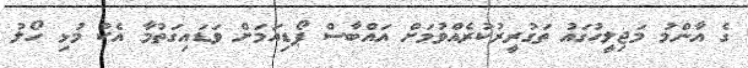
ގެ އާންމު މަޖިލީހުގައު ތަގުރީރުކުރެއްވުމަށް އައްބާސް ޕޯޑިއަމަށް ވަޑައިގަތުމާ އެކު މުޅި ހޯލު